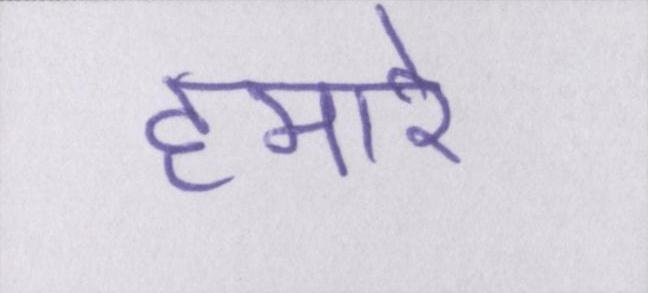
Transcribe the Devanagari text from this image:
हमारे